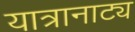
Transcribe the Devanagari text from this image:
यात्रानाट्य